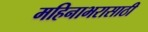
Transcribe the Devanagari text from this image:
महिनाभरासाठी